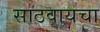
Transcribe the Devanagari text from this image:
साठवायचा